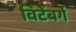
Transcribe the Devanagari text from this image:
विटेंबर्ग